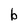
Character: b